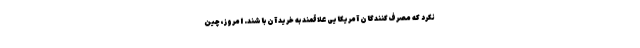
نکرد که مصرف‌کنندگان آمریکایی علاقمند به خرید آن باشند. امروز، چین